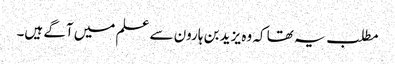
مطلب یہ تھا کہ وہ یزید بن ہارون سے علم میں آگے ہیں۔